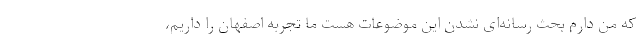
که من دارم بحث رسانه‌ای نشدن این موضوعات هست ما تجربه اصفهان را داریم،